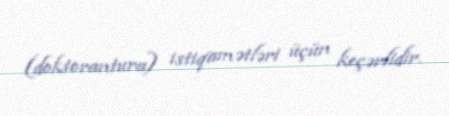
(doktorantura) istiqamətləri üçün keçərlidir.